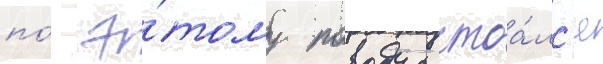
по́ э́тому поводу состоа́лс'я